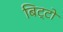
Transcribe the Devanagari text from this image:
बिट्टो